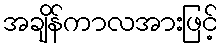
အချိန်ကာလအားဖြင့်